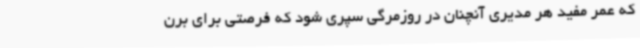
که عمر مفید هر مدیری آنچنان در روزمرگی سپری شود که فرصتی برای برن